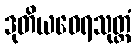
ဒုတိယဝေရသုတ္တံ